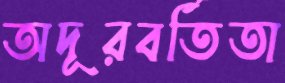
অদূরবর্তিতা